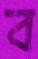
ব